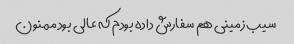
سیب زمینی هم سفارش داده بودم که عالی بود ممنون